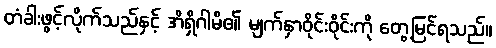
တံခါးဖွင့်လိုက်သည်နှင့် အိရှိဂါမိ၏ မျက်နှာဝိုင်းဝိုင်းကို တွေ့မြင်ရသည်။